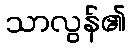
သာလွန်၏